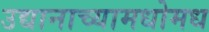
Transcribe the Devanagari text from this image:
उद्यानाच्यामधोमध